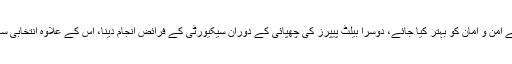
انہوں نے کہا کہ الیکشن کمیشن نے ہمیں 6 کام دئیے ہیں، اس میں سب سے پہلے امن و امان کو بہتر کیا جائے، دوسرا بیلٹ پیپرز کی چھپائی کے دوران سیکیورٹی کے فرائض انجام دینا، اس کے علاوہ انتخابی سامان کی ترسیل کرنا ہے، پولنگ اسٹاف اور ریٹرننگ افسران کی سیکیورٹی ہے۔